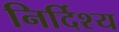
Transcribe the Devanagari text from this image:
निर्दिश्य